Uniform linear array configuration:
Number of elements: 24
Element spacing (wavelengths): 0.25
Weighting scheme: hann
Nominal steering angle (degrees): -60
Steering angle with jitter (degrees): -61.707
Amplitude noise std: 0.05
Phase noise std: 0.05

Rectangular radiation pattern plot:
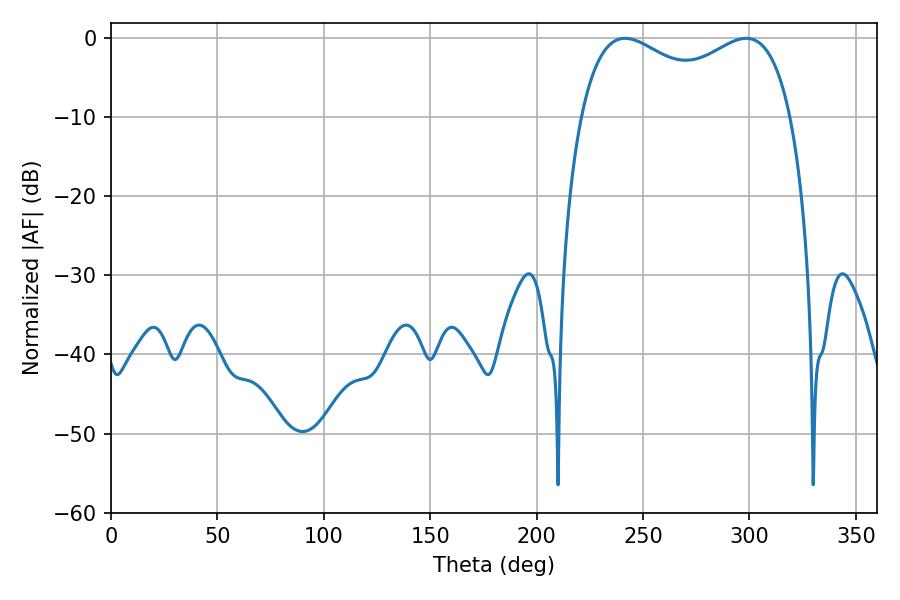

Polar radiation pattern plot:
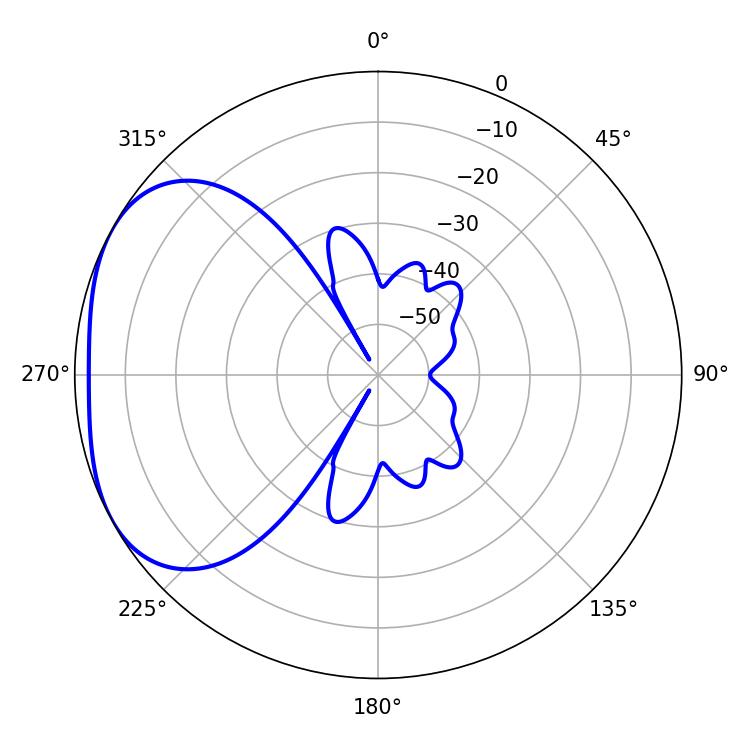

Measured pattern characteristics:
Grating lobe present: FALSE
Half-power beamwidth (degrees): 82.08
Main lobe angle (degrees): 241.56